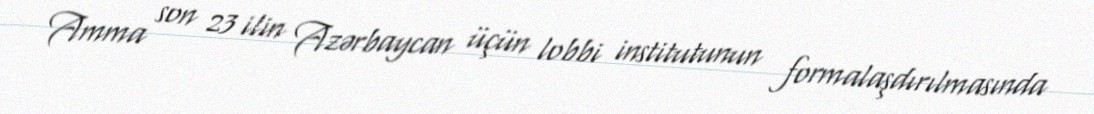
Amma son 23 ilin Azərbaycan üçün lobbi institutunun formalaşdırılmasında